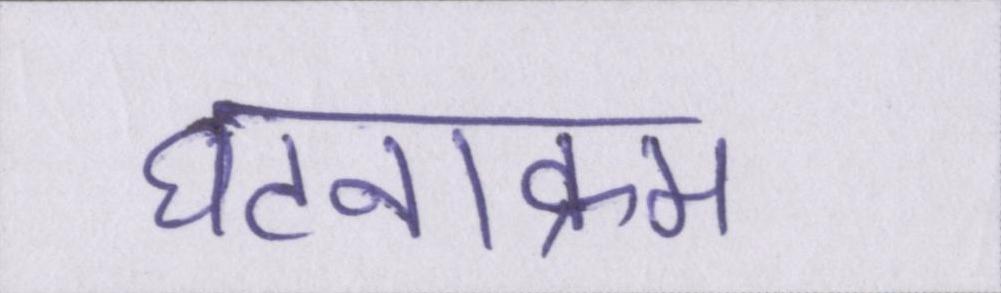
घटनाक्रम